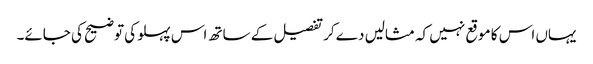
یہاں اس کا موقع نہیں کہ مثالیں دے کر تفصیل کے ساتھ اس پہلو کی توضیح کی جائے۔